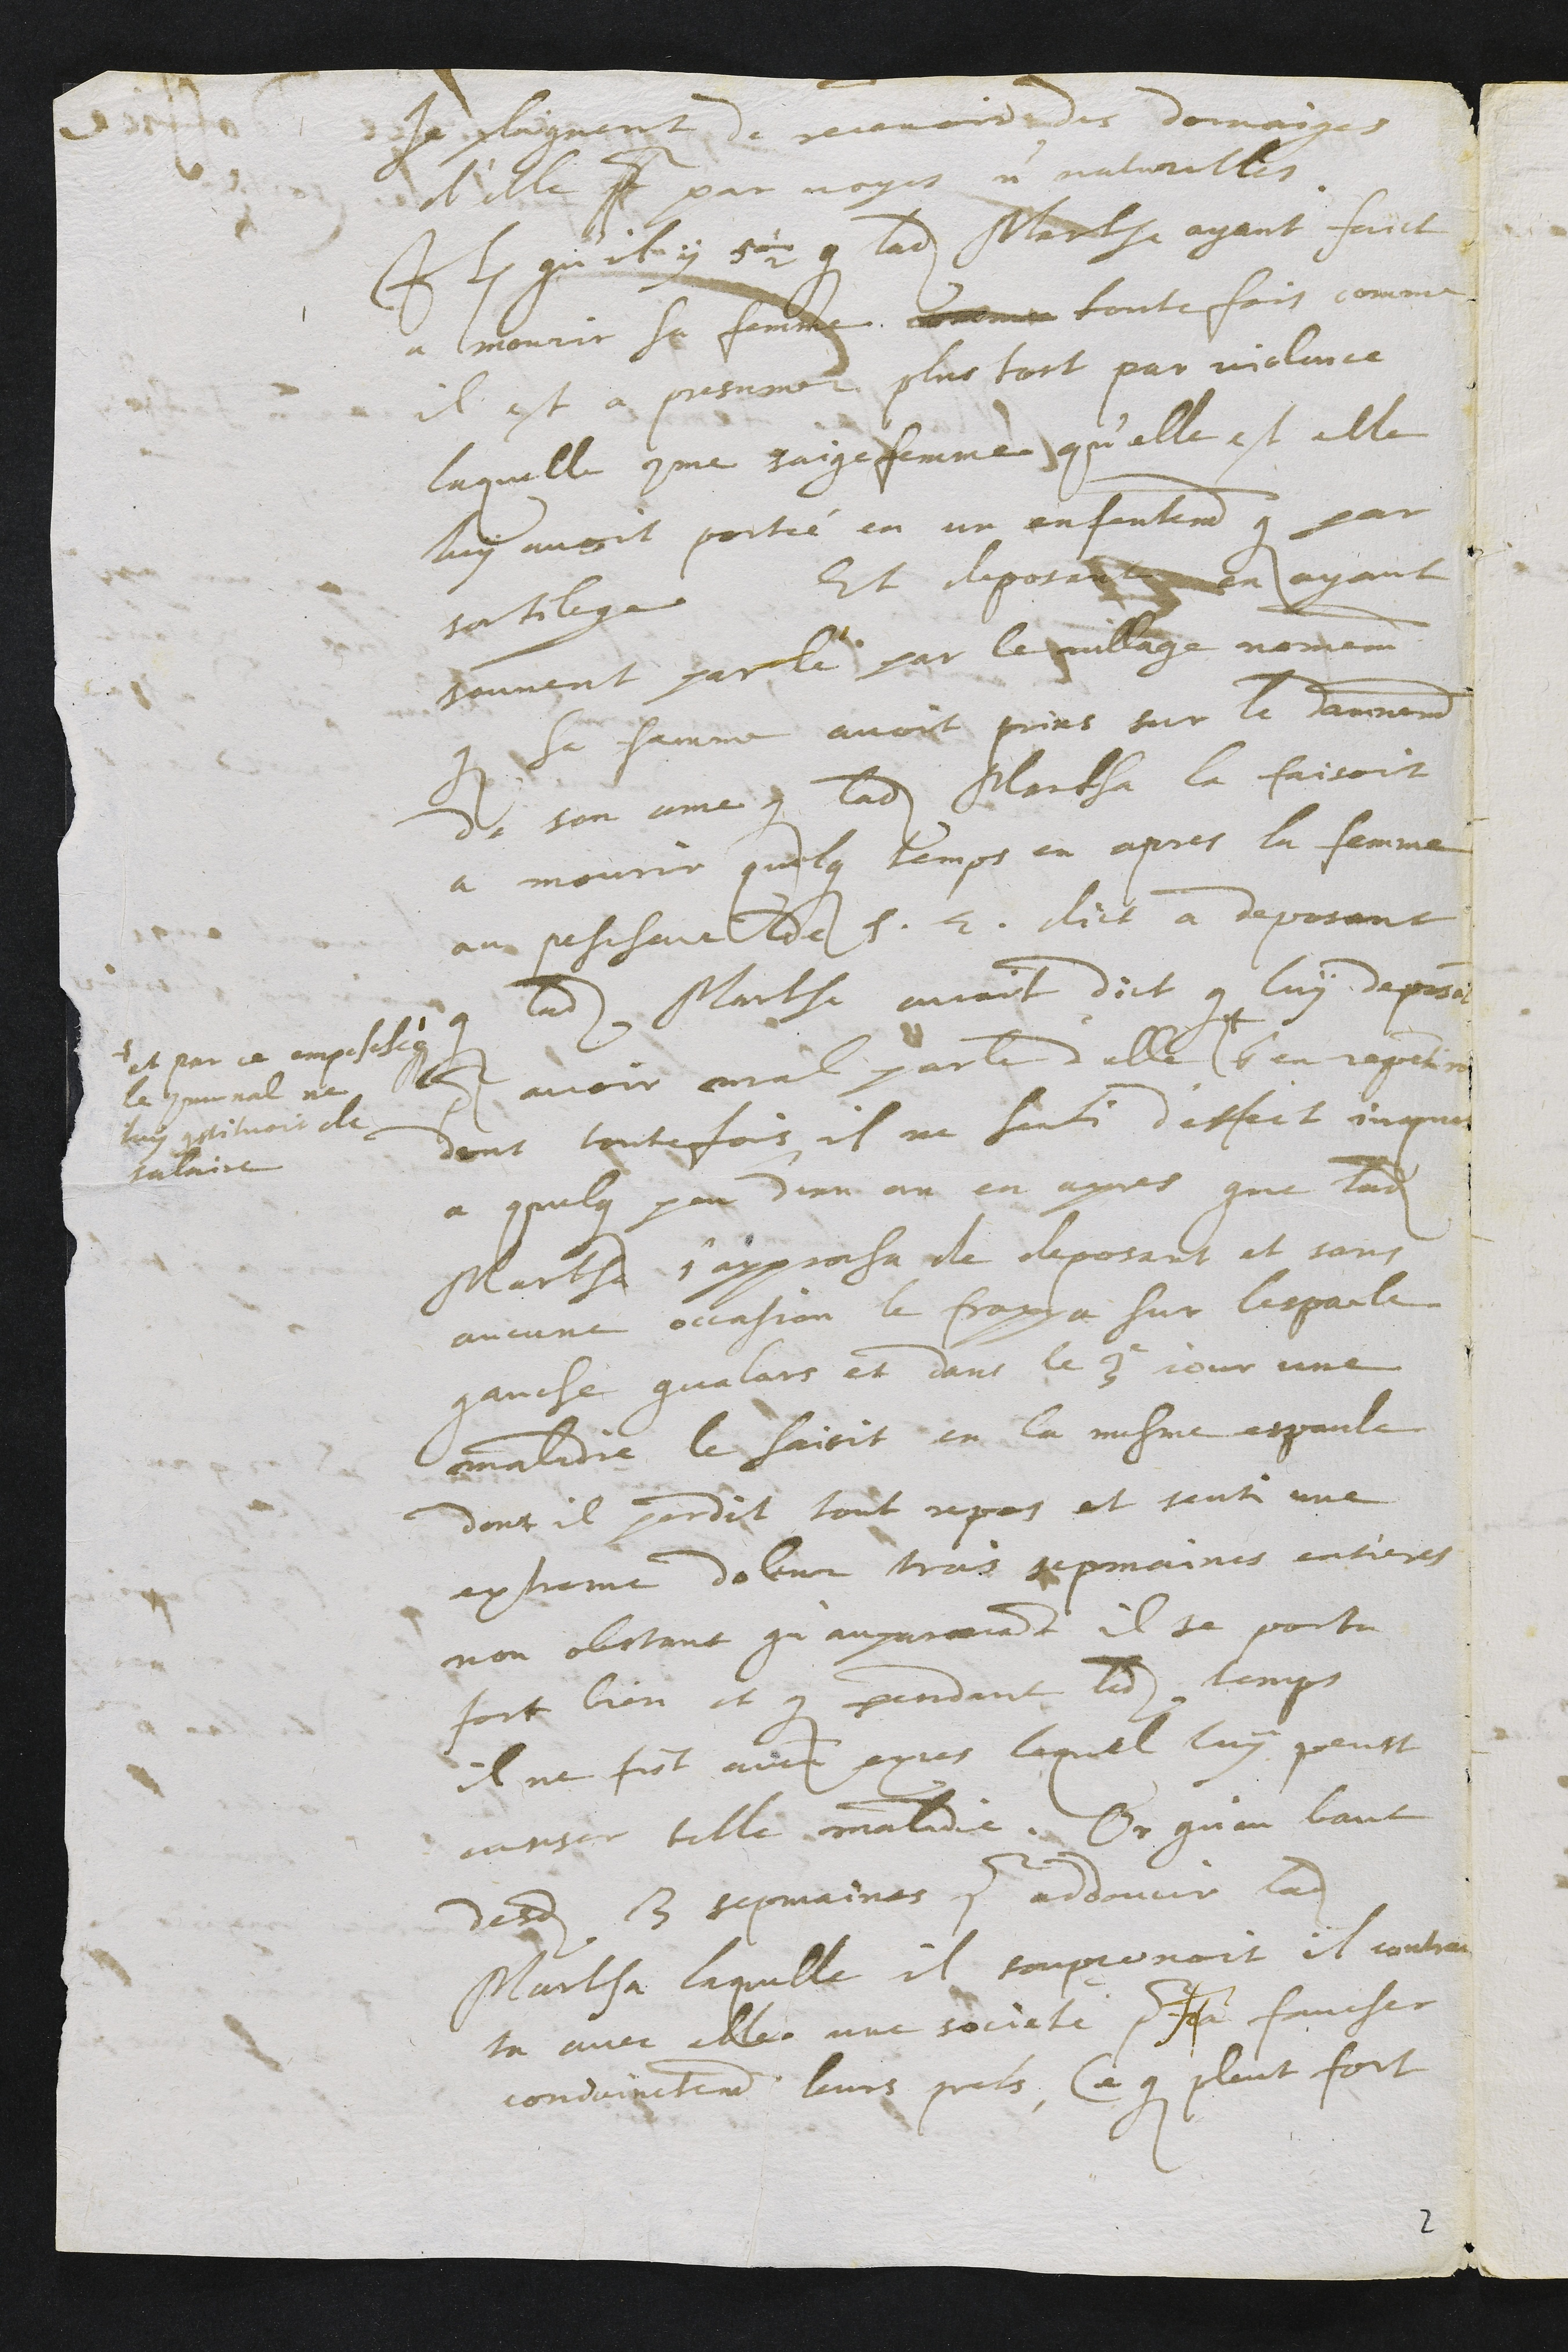
se plaignent de recevoir des domaiges
d'elle pour par voyes non naturelles.
Item qu'il y 5 1/2 que ladite Martha ayant faict
a mourir sa femme comme toutefois comme
il est a presumer plus tost par violence
laquelle comme saigefemme qu'elle est elle
luy avoit portée en un enfantement que par
sortilege Et deposant en ayant
souvent parlé par le village nomement
que sa femme avoit prins sur la damnation
de son ame que ladite Martha la faisoit
a mourir quelque temps en apres la femme
au pescheur de S. E. dict a deposant
que ladite Martha avoit dict que luy deposant
pour avoir mal parle d'elle +
et par ce empeschée
le communal ne
luy constituoit de
salaire
s'en repentiroit
dont toutefois il ne senti d'effect jusques
a quelque peu d'un an en apres que ladite
Marthe s'approcha de deposant et sans
aucune occasion le frappa sur lespaule
gauche qualors et dans le 3e jour une
maladie le saisit en la mesme espaule
dont il perdit tout repos et senti une
extreme doleur trois sepmaines entieres
non obstant qu'auparavant il se porta
fort bien et que pendant ledit temps
il ne fist aucun exces lequel luy peust
causer telle maladie. Or qu'au bout
desdites 3 sepmaines pour addoucir ladite
Martha laquelle il soupçonoit il contrac
ta avec elle une societe pour fra faucher
conjoinctement leurs prels, Ce que pleut fort